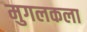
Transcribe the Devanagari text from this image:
मुगलकला